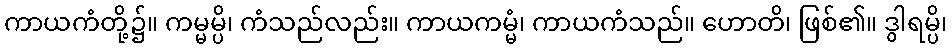
ကာယကံတို့၌။ ကမ္မမ္ပိ၊ ကံသည်လည်း။ ကာယကမ္မံ၊ ကာယကံသည်။ ဟောတိ၊ ဖြစ်၏။ ဒွါရမ္ပိ၊